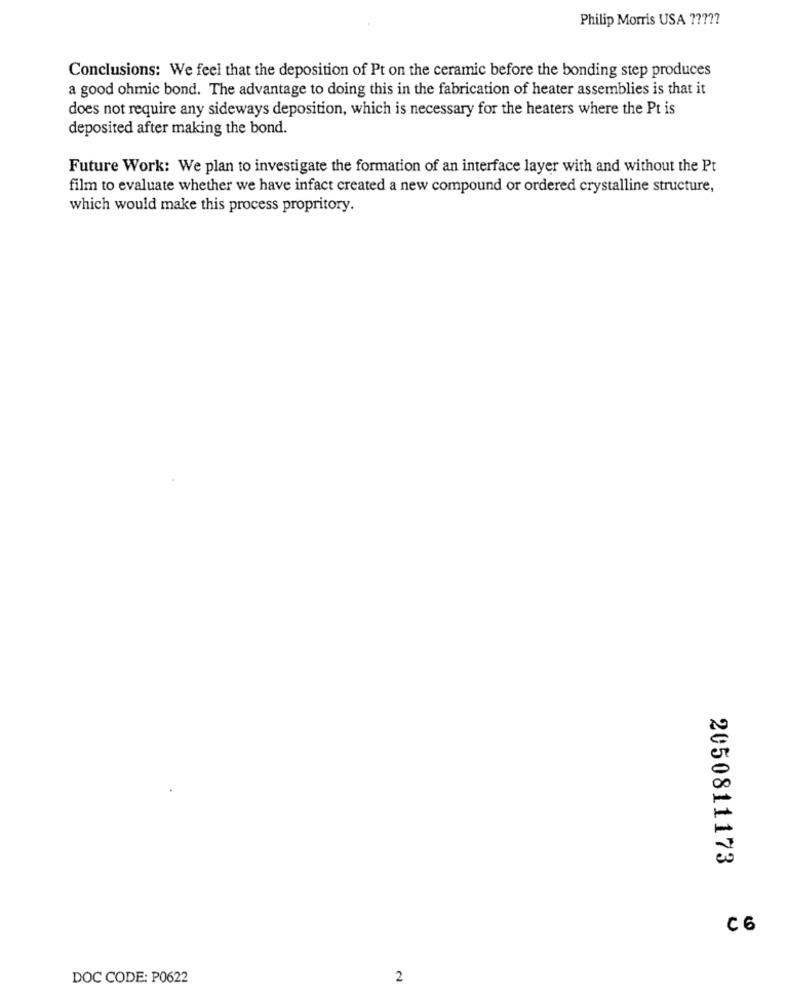
Philip Morris USA ?????
Conclusions: We feel that the deposition of Pt on the ceramic before the bonding step produces
a good ohmic bond. The advantage to doing this in the fabrication of heater assemblies is that it
does not require any sideways deposition, which is necessary for the heaters where the Pt is
deposited after making the bond.
Future Work: We plan to investigate the formation of an interface layer with and without the Pt
film to evaluate whether we have infact created a new compound or ordered crystalline structure,
which would make this process propritory.
2050811173
C6
DOC CODE: P0622
2